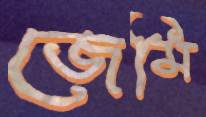
জেমি